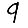
Digit: 9